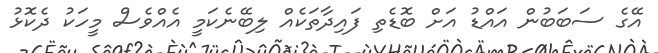
އޭގެ ސަބަބުން އައްޑު އަށް ބޮޑެތި ފައިދާތަކެއް ލިބޭނެކަމީ އެއްވެސް މީހަކު ދެކޮޅު